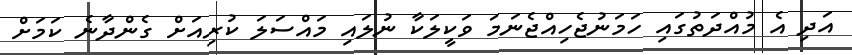
އަދި އެ މުއްދަތުގައި ހަމަނުޖެހިއްޖެނަމަ ވަކީލަކާ ނުލައި މައްސަލަ ކުރިއަށް ގެންދާނެ ކަމަށް